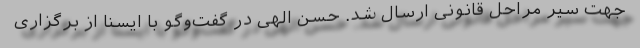
جهت سیر مراحل قانونی ارسال شد. حسن الهی در گفت‌وگو با ایسنا از برگزاری